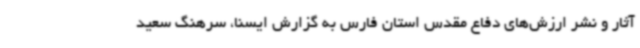
آثار و نشر ارزش‌های دفاع مقدس استان فارس به گزارش ایسنا،‌ سرهنگ سعید